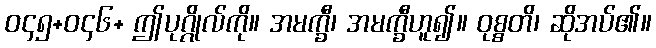
ဝ၄၅+ဝ၄၆+ ဤပုဂ္ဂိုလ်ကို။ အမက္ခီ၊ အမက္ခီဟူ၍။ ဝုစ္စတိ၊ ဆိုအပ်၏။